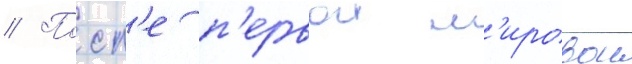
// Посл'е п'ервои м'ировои